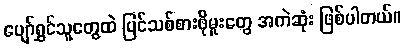
ပျော်ရွှင်သူတွေထဲ ပြင်သစ်စားဖိုမှုးတွေ အကဲဆုံး ဖြစ်ပါတယ်။